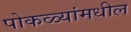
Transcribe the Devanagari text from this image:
पोकळ्यांमधील